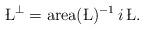
LaTeX: \begin{align*}\L^\bot = \textnormal{area}(\L)^{-1} \, i \, \L.\end{align*}